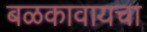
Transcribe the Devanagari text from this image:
बळकावायचा